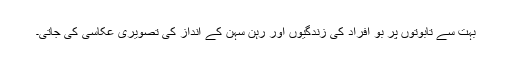
بہت سے تابوتوں پر بو افراد کی زندگیوں اور رہن سہن کے انداز کی تصویری عکاسی کی جاتی۔